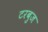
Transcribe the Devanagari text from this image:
टरबुज